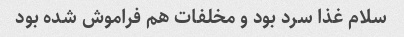
سلام غذا سرد بود و مخلفات هم فراموش شده بود